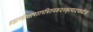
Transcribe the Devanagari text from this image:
ब्रह्मस्त्रीशापतापत्रितयकदनकृत्पादपाथोज